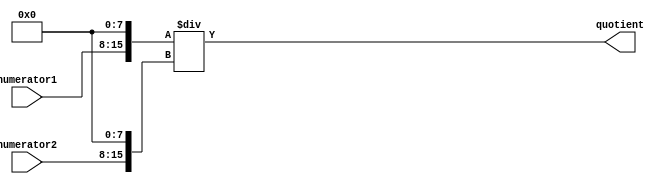
module FractionalDivider (
    input [7:0] numerator1,
    input [7:0] numerator2,
    output reg [15:0] quotient
);

reg [15:0] dividend;
reg [15:0] divisor;

always @ (numerator1, numerator2)
begin
    dividend = numerator1 << 8; // Convert numerator1 to binary
    divisor = numerator2 << 8; // Convert numerator2 to binary
end

always @ (dividend, divisor)
begin
    quotient = dividend / divisor; // Perform division operation using adders and subtractors
end

endmodule